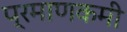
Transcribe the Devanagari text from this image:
प्रमाणकमी